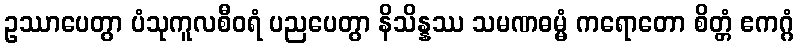
ဥဿာပေတွာ ပံသုကူလစီဝရံ ပညပေတွာ နိသိန္နဿ သမဏဓမ္မံ ကရောတော စိတ္တံ ဧကဂ္ဂံ